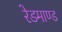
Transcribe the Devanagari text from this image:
रेडमाण्ड